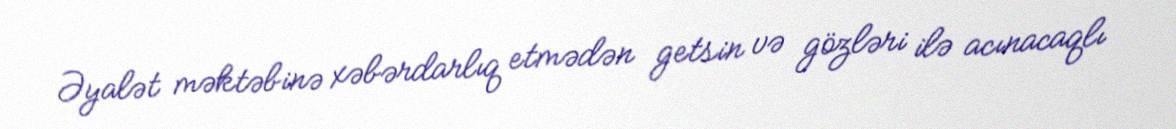
Əyalət məktəbinə xəbərdarlıq etmədən getsin və gözləri ilə acınacaqlı